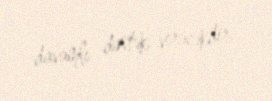
davamlı dəstək verəcəkdir.